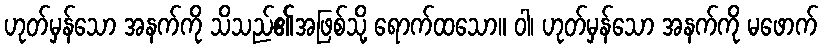
ဟုတ်မှန်သော အနက်ကို သိသည်၏အဖြစ်သို့ ရောက်ထသော။ ဝါ၊ ဟုတ်မှန်သော အနက်ကို မဖောက်